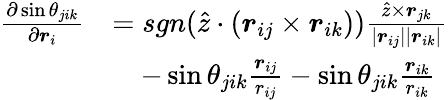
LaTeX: \begin{array}{rl}{\frac{\partial\sin\theta_{jik}}{\partial\boldsymbol{r}_{i}}}&{=sgn(\hat{z}\cdot(\boldsymbol{r}_{ij}\times\boldsymbol{r}_{ik}))\frac{\hat{z}\times\boldsymbol{r}_{jk}}{|\boldsymbol{r}_{ij}||\boldsymbol{r}_{ik}|}}\\ &{\quad-\sin\theta_{jik}\frac{\boldsymbol{r}_{ij}}{r_{ij}}-\sin\theta_{jik}\frac{\boldsymbol{r}_{ik}}{r_{ik}}}\end{array}